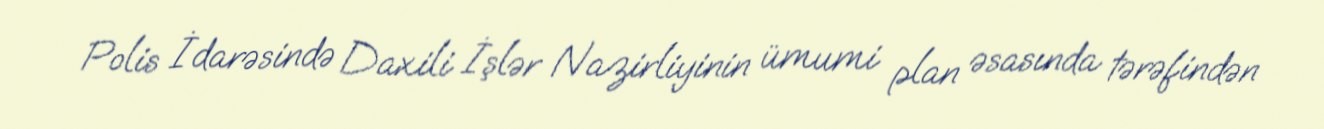
Polis İdarəsində Daxili İşlər Nazirliyinin ümumi plan əsasında tərəfindən